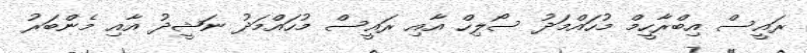
ރައީސް އިބްރާހީމް މުހައްމަދު ސޯލިހް އާއި ރައީސް މުހައްމަދު ނަޝީދު އާއި މެންބަރު